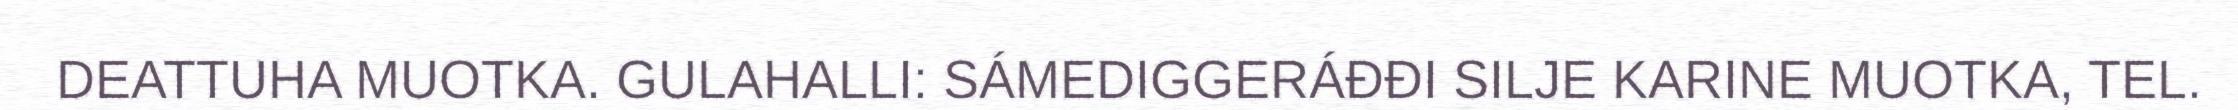
DEATTUHA MUOTKA. GULAHALLI: SÁMEDIGGERÁĐĐI SILJE KARINE MUOTKA, TEL.